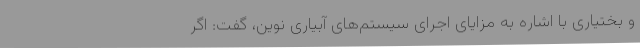
و بختیاری با اشاره به مزایای اجرای سیستم‌های آبیاری نوین، گفت: اگر